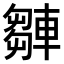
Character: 𨎆